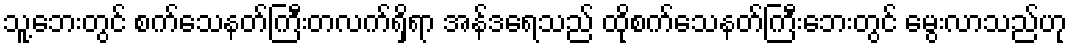
သူ့ဘေးတွင် စက်သေနတ်ကြီးတလက်ရှိရာ အန်ဒရေသည် ထိုစက်သေနတ်ကြီးဘေးတွင် မွေးလာသည်ဟု